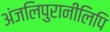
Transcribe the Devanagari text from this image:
अंजलिपुरानीलिपि